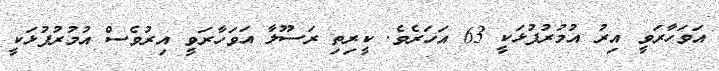
އަވަހާރަވީ އިރު އުމުރުފުޅަކީ 63 އަހަރެވެ. ކީރިތި ރަސޫލާ އަވަހާރަވީ އިރުވެސް އުމުރުފުޅަކީ